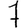
Digit: 7